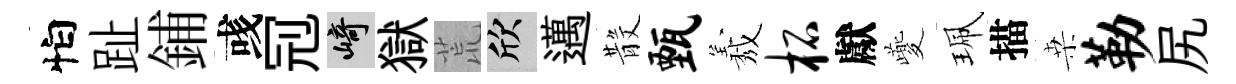
怕趾鋪彧𠜍崎獄荒欣邁𣪚甄𦏁柘獻夔珮描桒勒尻